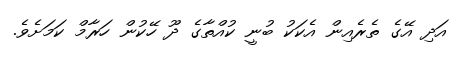
އަދި އޭގެ ތެރެއިން އެކަކު ބުނީ ކުއްތާގެ ދޫ ހޭކުން ހަރާމް ކަމަށެވެ.